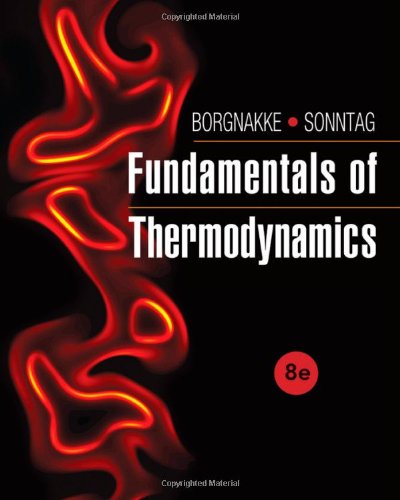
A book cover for Fundamentals of Thermodynamics; Claus Borgnakke; Engineering & Transportation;